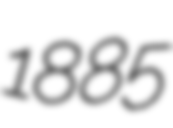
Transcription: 1885